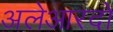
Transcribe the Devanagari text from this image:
अलेआरदो